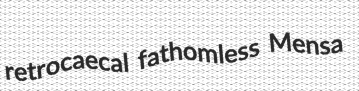
retrocaecal fathomless Mensa